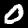
Label: 0